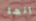
إنها